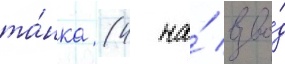
та́нка (4 на́ взво́д